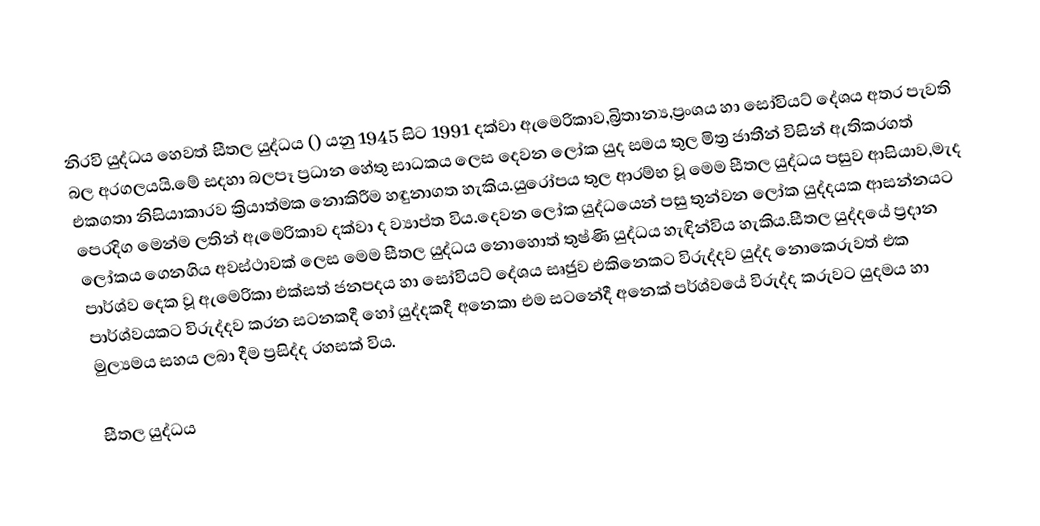
නිරවි යුද්ධය හෙවත් සීතල යුද්ධය () යනු 1945 සිට 1991 දක්වා ඇමෙරිකාව,බ්‍රිතාන්‍ය,ප්‍රංශය  හා සෝවියට් දේශය අතර පැවති බල අරගලයයි.මේ සදහා බලපෑ ප්‍රධාන හේතු සාධකය ලෙස දෙවන ලෝක යුද සමය තුල මිත්‍ර ජාතීන් විසින් ඇතිකරගත් එකගතා නිසියාකාරව ක්‍රියාත්මක නොකිරීම හඳුනාගත හැකිය.යුරෝපය තුල ආරම්භ වූ මෙම සීතල යුද්ධය පසුව ආසියාව,මැද පෙරදිග මෙන්ම ලතින් ඇමෙරිකාව දක්වා ද ව්‍යාප්ත විය.දෙවන ලෝක යුද්ධයෙන් පසු තුන්වන ලෝක යුද්දයක ආසන්නයට  ලෝකය ගෙනගිය අවස්ථාවක් ලෙස මෙම සීතල යුද්ධය නොහොත් තුෂ්ණි යුද්ධය හැඳින්විය හැකිය.සීතල යුද්දයේ ප්‍රදාන පාර්ශ්ව දෙක වූ ඇමෙරිකා එක්සත් ජනපදය හා සෝවියට් දේශය සෘජුව එකිනෙකට විරුද්දව යුද්ද නොකෙරුවත් එක පාර්ශ්වයකට විරුද්දව කරන සටනකදී හෝ යුද්දකදී අනෙකා එම සටනේදී අනෙක් පර්ශ්වයේ විරුද්ද කරුවට යුදමය හා මුල්‍යමය සහය ලබා දීම ප්‍රසිද්ද රහසක් විය.

සීතල යුද්ධය